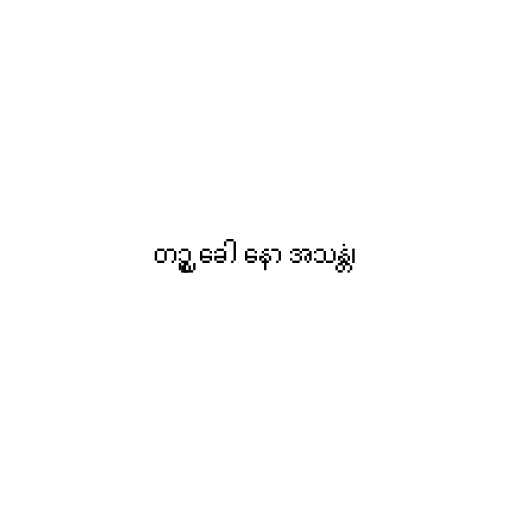
တဉ္စ ခေါ နော အသန္တံ၊